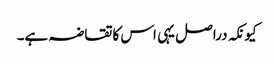
کیونکہ دراصل یہی اس کاتقاضہ ہے۔